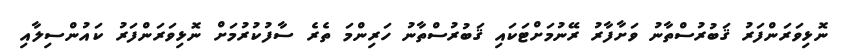
ނޮޅިވަރަންފަރު ޤަބުރުސްތާނު ވަށާފާރު ރޭނުމަށްޓަކައި ޤަބުރުސްތާނު ހަރިންމަ ތެރެ ސާފުކުރުމަށް ނޮޅިވަރަންފަރު ކައުންސިލާއި